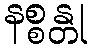
နစ္စန္တု